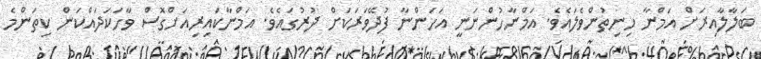
ބަލާލާއިރަށް އަމްނާ ހިނިތުންވެލައެވެ. އަމްނާހުންނަނީ އަހަންނާ ފުދޭވަރަކަށް ދުރުގައެވެ. އަމްނާކައިރިއަށްގޮސް ވާހަކަދައްކަން ކިތަންމެ